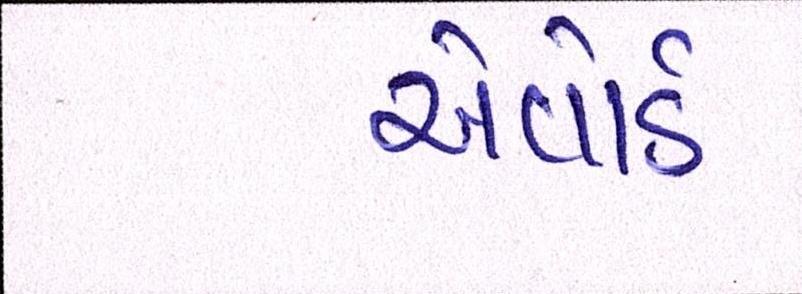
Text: એવૉર્ડ